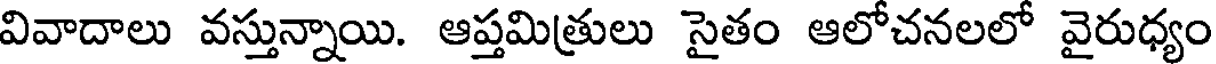
వివాదాలు వస్తున్నాయి. ఆప్తమిత్రులు సైతం ఆలోచనలలో వైరుధ్యం